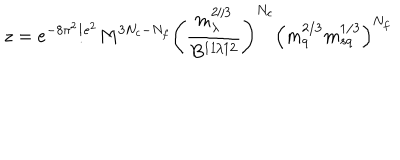
z = e ^ { - 8 \pi ^ { 2 } / e ^ { 2 } } M ^ { 3 N _ { c } - N _ { f } } \Bigg ( \frac { m _ { \lambda } ^ { 2 / 3 } } { B ^ { 1 1 / 1 2 } } \Bigg ) ^ { N _ { c } } \Big ( m _ { q } ^ { 2 / 3 } m _ { s q } ^ { 1 / 3 } \Big ) ^ { N _ { f } }